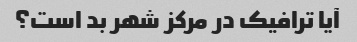
آیا ترافیک در مرکز شهر بد است؟